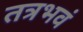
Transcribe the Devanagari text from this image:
तत्रभवं